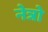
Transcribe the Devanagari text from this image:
नेत्रो